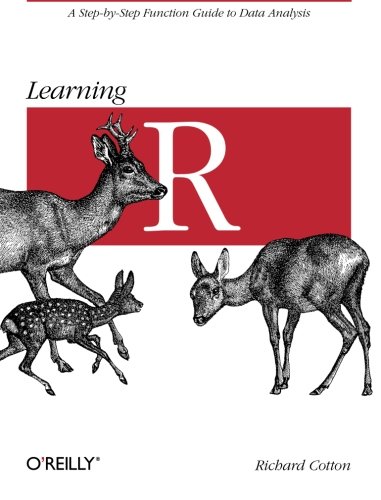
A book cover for Learning R; Richard Cotton; Computers & Technology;